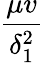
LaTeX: \frac{\mu v}{\delta_{1}^{2}}